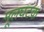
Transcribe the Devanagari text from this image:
मूलघटक